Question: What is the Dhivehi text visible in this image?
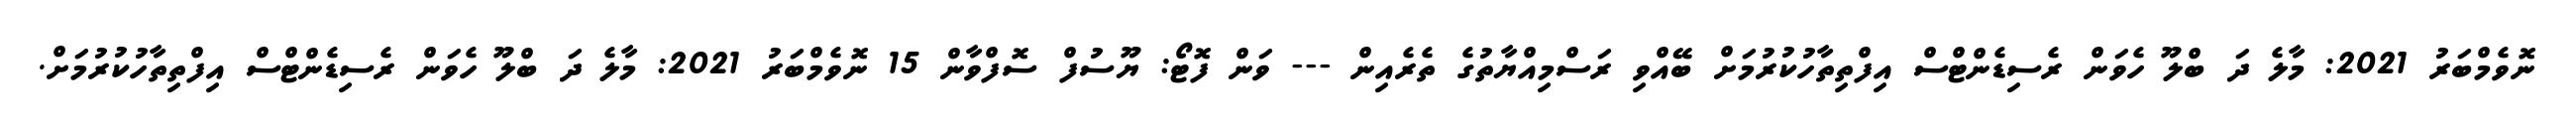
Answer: ނޮވެމްބަރު 2021: މާލެ ދަ ބްލޫ ހެވަން ރެސިޑެންޓްސް އިފްތިތާހުކުރުމަށް ބޭއްވި ރަސްމިއްޔާތުގެ ތެރެއިން --- ވަން ފޮޓޯ: ޔޫސުފް ސޮފްވާން 15 ނޮވެމްބަރު 2021: މާލެ ދަ ބްލޫ ހެވަން ރެސިޑެންޓްސް އިފްތިތާހުކުރުމަށް.